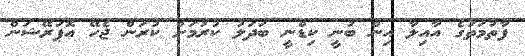
ފާތުމަތުގެ އާއިލާ އިން ބުނީ ކިޑްނީ ބަދަލު ކުރުމަށް ކުރަން ޖެހޭ އޮޕަރޭޝަން